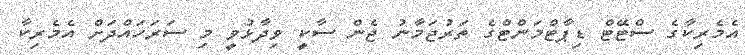
އެމެރިކާގެ ސްޓޭޓް ޑިޕާޓްމަންޓްގެ ތަރުޖަމާނު ޖެން ސާކީ ވިދާޅުވީ މި ސަރަހައްދަށް އެމެރިކާ